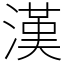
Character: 漢